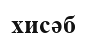
хисәб